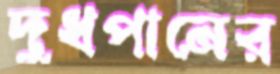
দুধপানের